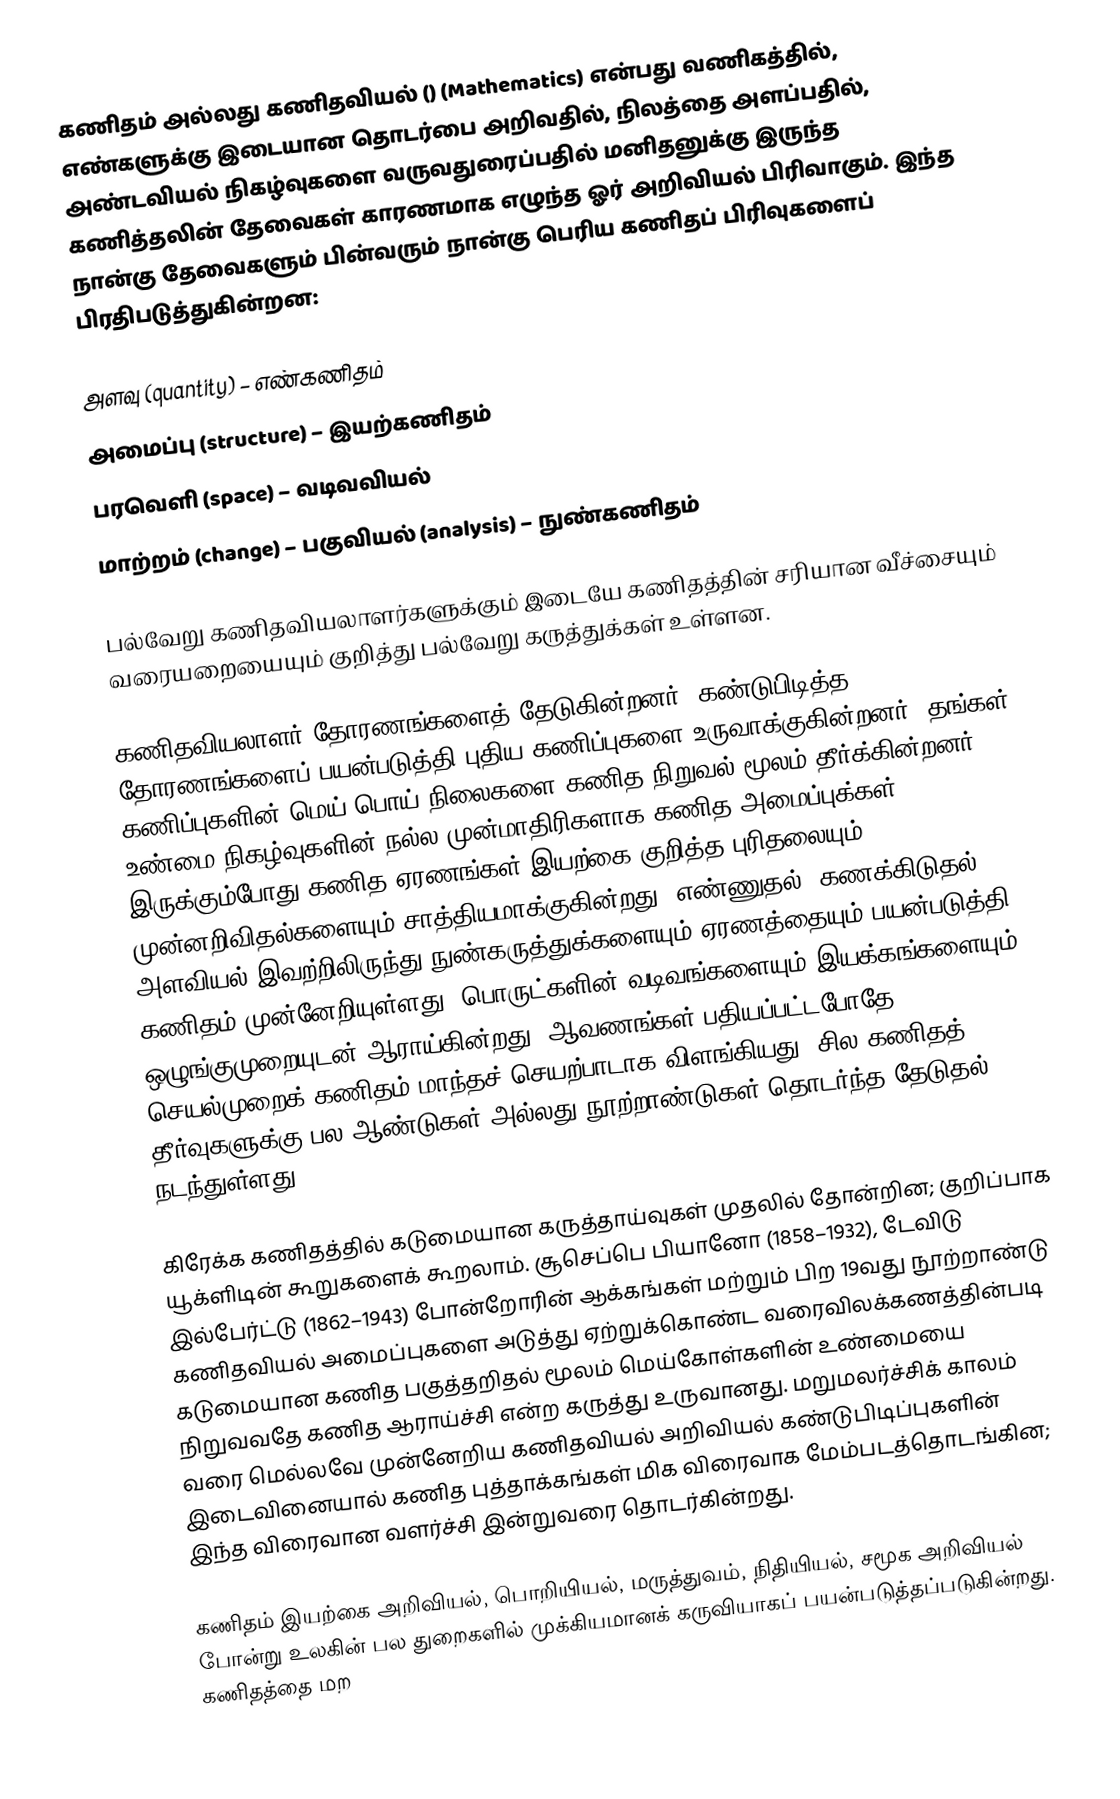
கணிதம் அல்லது கணிதவியல்             () (Mathematics) என்பது வணிகத்தில், எண்களுக்கு இடையான தொடர்பை அறிவதில், நிலத்தை அளப்பதில், அண்டவியல் நிகழ்வுகளை வருவதுரைப்பதில் மனிதனுக்கு இருந்த கணித்தலின் தேவைகள் காரணமாக எழுந்த ஓர் அறிவியல் பிரிவாகும். இந்த நான்கு தேவைகளும் பின்வரும் நான்கு பெரிய கணிதப் பிரிவுகளைப் பிரதிபடுத்துகின்றன:

 அளவு (quantity) – எண்கணிதம்
  அமைப்பு (structure) – இயற்கணிதம்
 பரவெளி (space) – வடிவவியல்
 மாற்றம் (change) – பகுவியல் (analysis) – நுண்கணிதம்

பல்வேறு கணிதவியலாளர்களுக்கும் இடையே கணிதத்தின் சரியான வீச்சையும் வரையறையையும் குறித்து பல்வேறு கருத்துக்கள் உள்ளன.

கணிதவியலாளர் தோரணங்களைத் தேடுகின்றனர்; கண்டுபிடித்த தோரணங்களைப் பயன்படுத்தி புதிய கணிப்புகளை உருவாக்குகின்றனர். தங்கள் கணிப்புகளின் மெய்,பொய் நிலைகளை கணித நிறுவல் மூலம் தீர்க்கின்றனர். உண்மை நிகழ்வுகளின் நல்ல முன்மாதிரிகளாக கணித அமைப்புக்கள் இருக்கும்போது கணித ஏரணங்கள் இயற்கை குறித்த புரிதலையும் முன்னறிவிதல்களையும் சாத்தியமாக்குகின்றது. எண்ணுதல், கணக்கிடுதல், அளவியல் இவற்றிலிருந்து நுண்கருத்துக்களையும் ஏரணத்தையும் பயன்படுத்தி கணிதம் முன்னேறியுள்ளது; பொருட்களின் வடிவங்களையும் இயக்கங்களையும் ஒழுங்குமுறையுடன் ஆராய்கின்றது. ஆவணங்கள் பதியப்பட்டபோதே செயல்முறைக் கணிதம் மாந்தச் செயற்பாடாக விளங்கியது. சில கணிதத் தீர்வுகளுக்கு பல ஆண்டுகள் அல்லது நூற்றாண்டுகள் தொடர்ந்த தேடுதல் நடந்துள்ளது.

கிரேக்க கணிதத்தில் கடுமையான கருத்தாய்வுகள் முதலில் தோன்றின; குறிப்பாக யூக்ளிடின் கூறுகளைக் கூறலாம். சூசெப்பெ பியானோ (1858–1932), டேவிடு இல்பேர்ட்டு (1862–1943) போன்றோரின் ஆக்கங்கள் மற்றும் பிற 19வது நூற்றாண்டு கணிதவியல் அமைப்புகளை அடுத்து ஏற்றுக்கொண்ட வரைவிலக்கணத்தின்படி கடுமையான கணித பகுத்தறிதல் மூலம் மெய்கோள்களின் உண்மையை நிறுவவதே கணித ஆராய்ச்சி என்ற கருத்து உருவானது. மறுமலர்ச்சிக் காலம் வரை மெல்லவே முன்னேறிய கணிதவியல் அறிவியல் கண்டுபிடிப்புகளின் இடைவினையால் கணித புத்தாக்கங்கள் மிக விரைவாக மேம்படத்தொடங்கின; இந்த விரைவான வளர்ச்சி இன்றுவரை தொடர்கின்றது.

கணிதம் இயற்கை அறிவியல், பொறியியல், மருத்துவம், நிதியியல், சமூக அறிவியல் போன்று உலகின் பல துறைகளில் முக்கியமானக் கருவியாகப் பயன்படுத்தப்படுகின்றது. கணிதத்தை மற